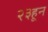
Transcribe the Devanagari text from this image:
२३हून